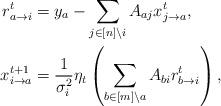
LaTeX: \begin{align*}r_{a\rightarrow i}^{t} & =y_{a}-\sum_{j\in[n]\backslash i}A_{aj}x_{j\rightarrow a}^{t},\\x_{i\rightarrow a}^{t+1} & =\frac{1}{\sigma_{i}^{2}}\eta_{t}\left(\sum_{b\in[m]\backslash a}A_{bi}r_{b\rightarrow i}^{t}\right),\end{align*}